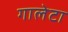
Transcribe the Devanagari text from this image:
गालेटा